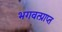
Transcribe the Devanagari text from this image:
भगवत्प्राप्त